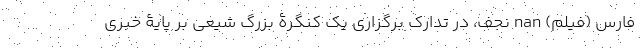
فارس (فیلم) nan نجف، در تدارک برگزاری یک کنگرۀ بزرگ شیعی بر پایۀ خبری